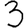
Digit: 3